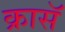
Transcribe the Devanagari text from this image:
क्रासॅ